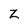
Character: z